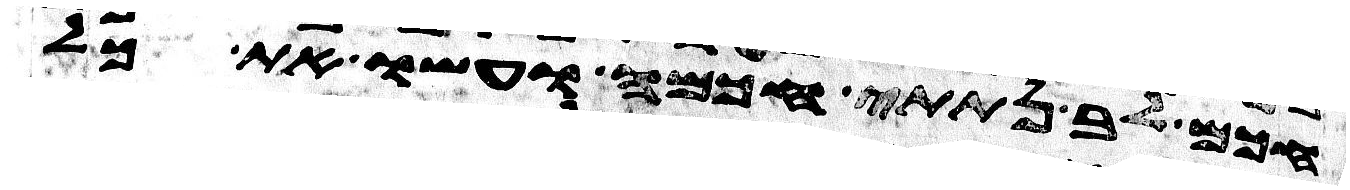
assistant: חכם לב נתתי חכמה ועשו את כל